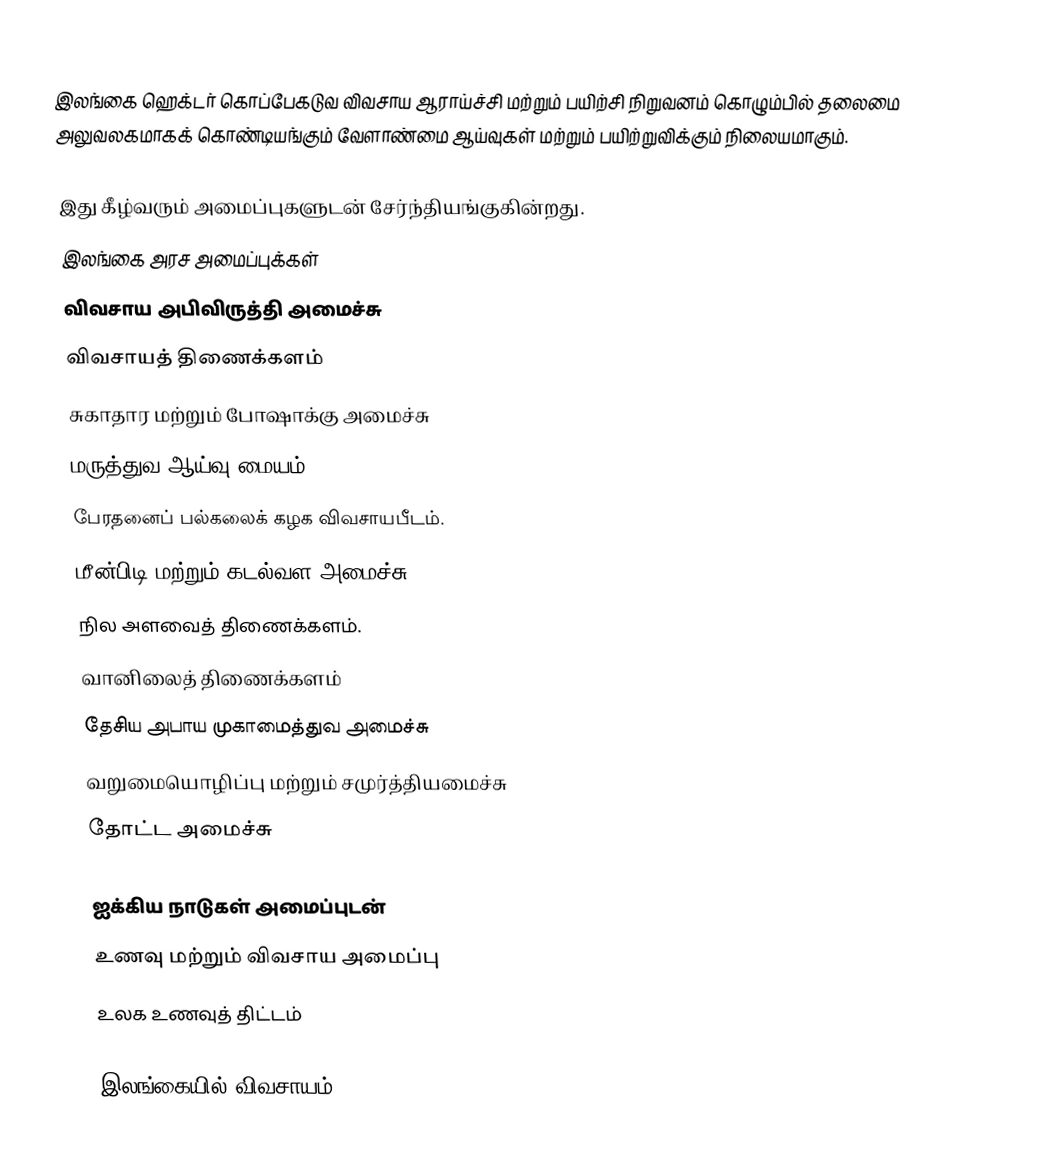
இலங்கை ஹெக்டர் கொப்பேகடுவ விவசாய ஆராய்ச்சி மற்றும் பயிற்சி நிறுவனம் கொழும்பில் தலைமை அலுவலகமாகக் கொண்டியங்கும் வேளாண்மை ஆய்வுகள் மற்றும் பயிற்றுவிக்கும் நிலையமாகும்.

இது கீழ்வரும் அமைப்புகளுடன் சேர்ந்தியங்குகின்றது.
இலங்கை அரச அமைப்புக்கள்
விவசாய அபிவிருத்தி அமைச்சு
விவசாயத் திணைக்களம்
சுகாதார மற்றும் போஷாக்கு அமைச்சு
மருத்துவ ஆய்வு மையம்
பேரதனைப் பல்கலைக் கழக விவசாயபீடம்.
மீன்பிடி மற்றும் கடல்வள அமைச்சு
நில அளவைத் திணைக்களம்.
வானிலைத் திணைக்களம்
தேசிய அபாய முகாமைத்துவ அமைச்சு
வறுமையொழிப்பு மற்றும் சமுர்த்தியமைச்சு
தோட்ட அமைச்சு

ஐக்கிய நாடுகள் அமைப்புடன்
உணவு மற்றும் விவசாய அமைப்பு
உலக உணவுத் திட்டம்

இலங்கையில் விவசாயம்